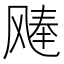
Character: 𫗉